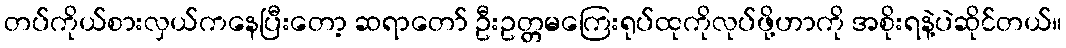
တပ်ကိုယ်စားလှယ်ကနေပြီးတော့ ဆရာတော် ဦးဥတ္တမကြေးရုပ်ထုကိုလုပ်ဖို့ဟာကို အစိုးရနဲ့ပဲဆိုင်တယ်။